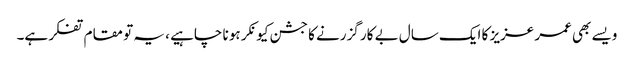
ویسے بھی عمر عزیز کا ایک سال بے کار گزرنے کا جشن کیونکر ہو نا چاہیے ، یہ تو مقام تفکر ہے۔